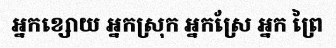
អ្នកខ្សោយ អ្នកស្រុក អ្នកស្រែ អ្នក ព្រៃ